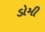
ડોમી